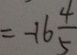
= - 1 6 \frac { 4 } { 5 }